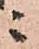
ニ